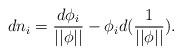
LaTeX: \begin{align*}dn_i=\frac{d\phi _i}{||\phi ||}-\phi _id({\frac 1{||\phi ||}}).\end{align*}